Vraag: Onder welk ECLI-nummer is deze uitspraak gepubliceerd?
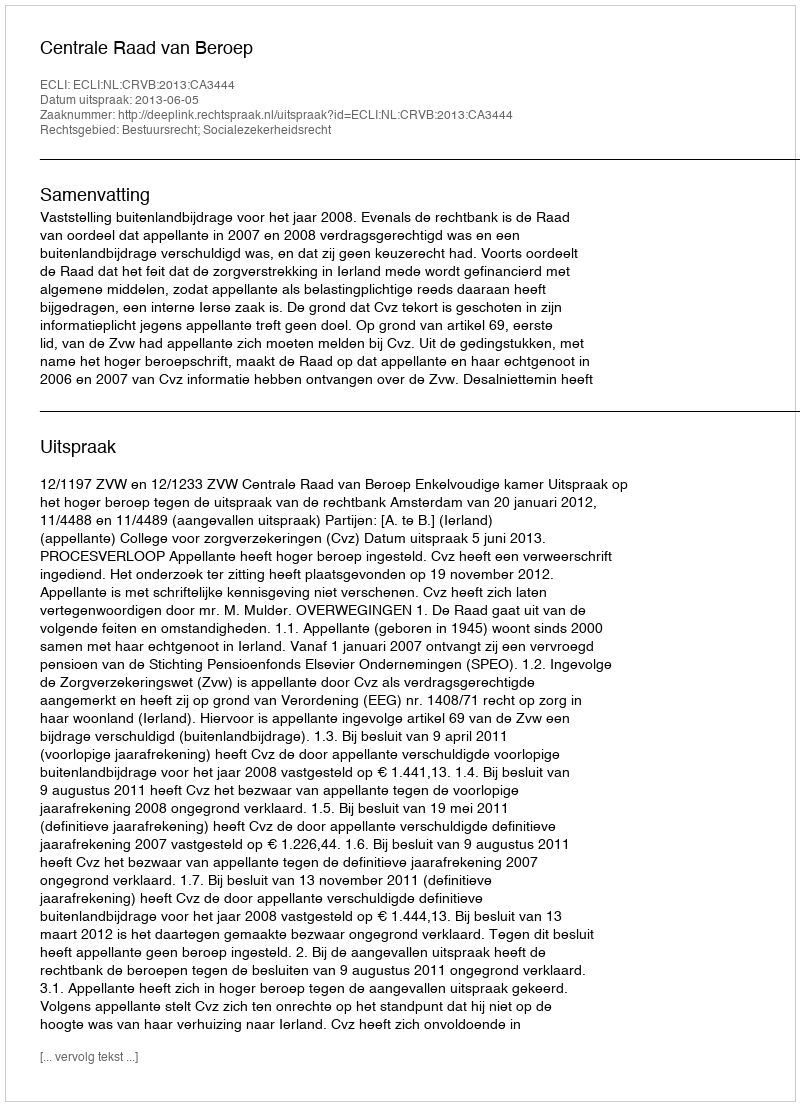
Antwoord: ECLI:NL:CRVB:2013:CA3444